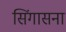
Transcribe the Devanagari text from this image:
सिंगासना